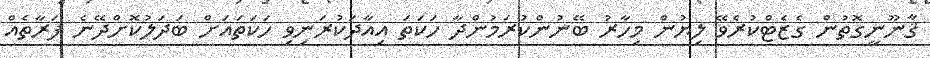
ޤާނޫނީގޮތުން ގެޒެޓްކުރެވޭ ލިޔުން މިހާރު ބޭނުންކުރަމުންދާ ހަކަތަ އިއާދަކުރަނިވި ހަކަތައަށް ބަދަލުކޮށްދޭނެ ފަރާތެއް